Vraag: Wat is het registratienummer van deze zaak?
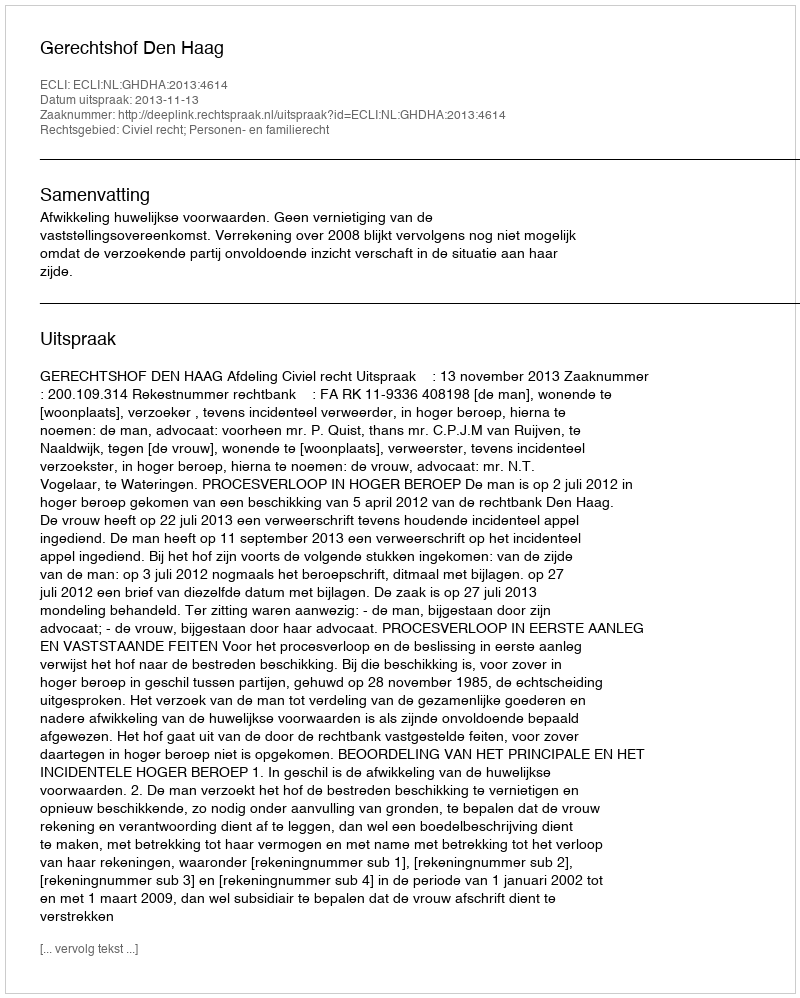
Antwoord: http://deeplink.rechtspraak.nl/uitspraak?id=ECLI:NL:GHDHA:2013:4614